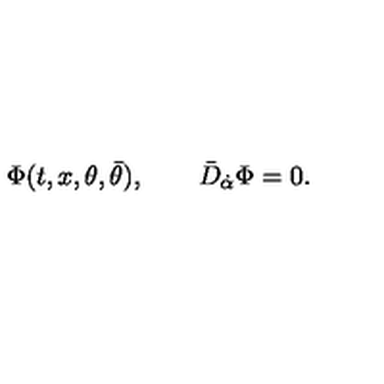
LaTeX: \Phi ( t , x , \theta , \bar { \theta } ) , \qquad \bar { D } _ { \dot { \alpha } } \Phi = 0 .